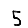
Digit: 5